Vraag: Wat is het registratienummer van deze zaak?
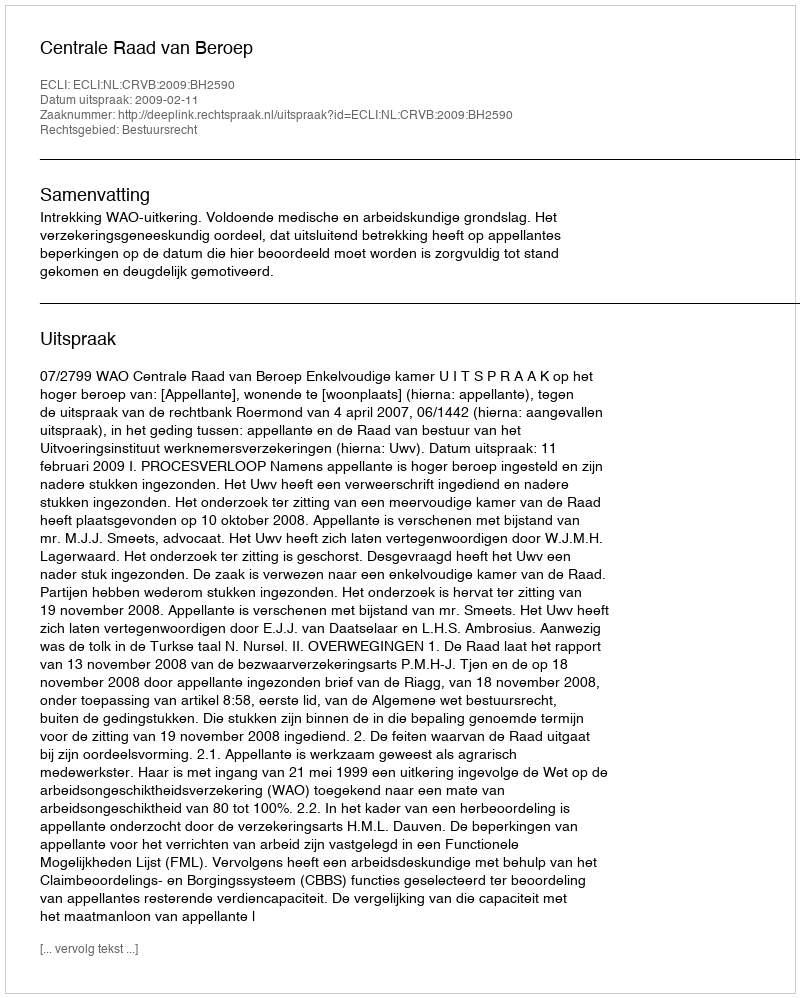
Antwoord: http://deeplink.rechtspraak.nl/uitspraak?id=ECLI:NL:CRVB:2009:BH2590